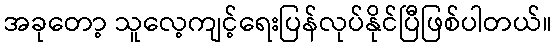
အခုတော့ သူလေ့ကျင့်ရေးပြန်လုပ်နိုင်ပြီဖြစ်ပါတယ်။